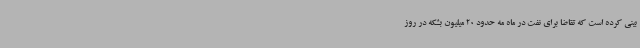
بینی کرده است که تقاضا برای نفت در ماه مه حدود 20 میلیون بشکه در روز